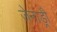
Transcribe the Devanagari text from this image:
जेनाड्री